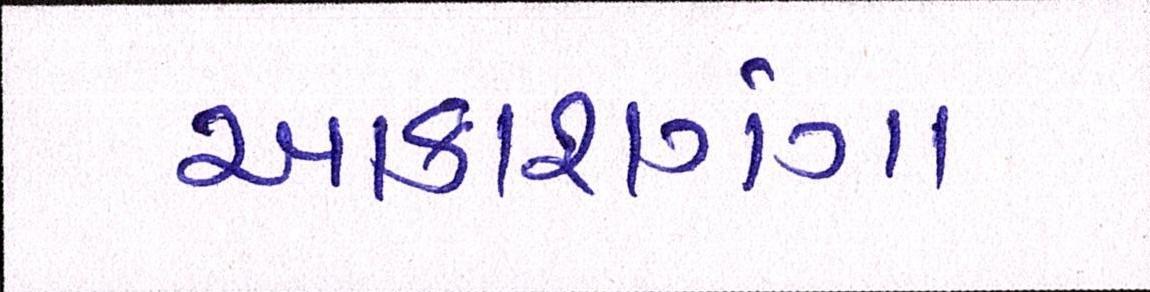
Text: આકાશગંગા